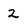
Character: 2